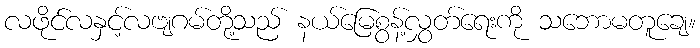
လဖိုင်လနှင့်လဗျဂမ်တို့သည် နယ်မြေစွန့်လွှတ်ရေးကို သဘောမတူချေ။